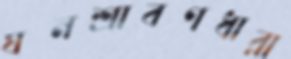
ঘনশ্রাবণধারা